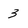
Character: 3